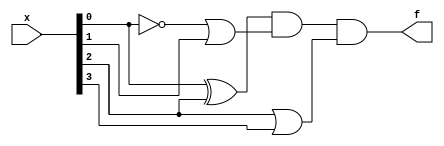
module top_module (
    input [4:1] x, 
    output f );
    assign f = (x[1] ^ x[3]) & ( ~x[1] | x[2] ) & ( x[3] | x[4]);
endmodule


// Sometimes deriving POS expression might be easy